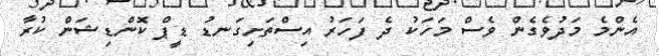
އެންމެ މަދުވެގެން ވެސް މަހަކު ދެ ފަހަރު އިސްތަށިގަނޑު ޑީޕް ކޮންޑިޝަން ކުރާ